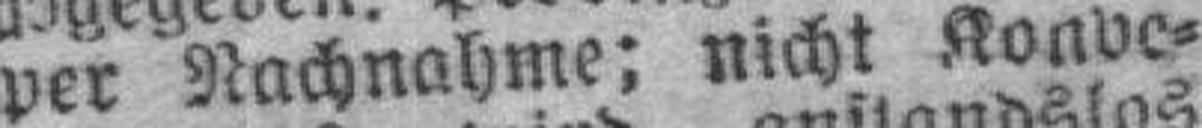
per Nachnahme; nicht Konve¬